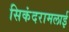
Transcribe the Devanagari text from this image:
सिकंदरामलाई